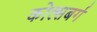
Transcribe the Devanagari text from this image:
कोल्सबर्ग